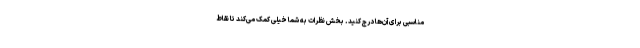
مناسبی برای آن‌ها درج کنید. بخش نظرات به شما خیلی کمک می‌کند تا نقاط